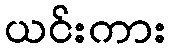
ယင်းကား